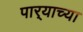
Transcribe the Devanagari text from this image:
पार्‍याच्या